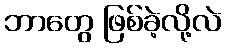
ဘာတွေ ဖြစ်ခဲ့လို့လဲ